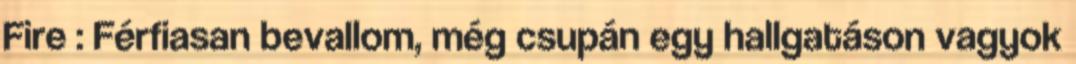
Fire : Férfiasan bevallom, még csupán egy hallgatáson vagyok